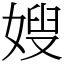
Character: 嫂